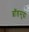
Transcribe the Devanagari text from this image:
ब्रॉडसुद्धा